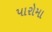
પારોમા